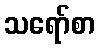
သရော်စာ